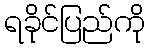
ရခိုင်ပြည်ကို